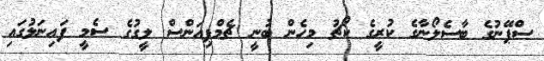
ސްޕޭނުގެ ބާސެލޯނާގެ ކުރީގެ ކޯޗު މިހެން ބުނީ ޗެމްޕިއަންސް ލީގުގެ ސެމީ ފައިނަލުގައި